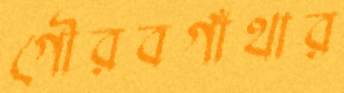
গৌরবগাঁথার